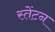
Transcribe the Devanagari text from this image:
स्तेंटन